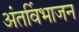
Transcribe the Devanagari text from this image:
अंतर्विभाजन